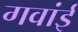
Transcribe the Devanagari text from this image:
गवांई